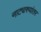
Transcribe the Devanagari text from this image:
नाट्यरुपांतर